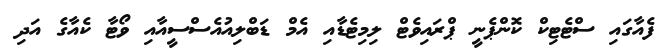
ފެއާގައި ސްޓެޓިކް ކޮންޕެނީ ޕްރައިވެޓް ލިމިޓެޑާއި އެމް ޑަބްލިއުއެސްސީއާއި ވޯޓާ ކެއާގެ އަދި